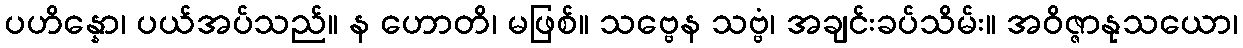
ပဟိန္နော၊ ပယ်အပ်သည်။ န ဟောတိ၊ မဖြစ်။ သဗ္ဗေန သဗ္ဗံ၊ အချင်းခပ်သိမ်း။ အဝိဇ္ဇာနုသယော၊